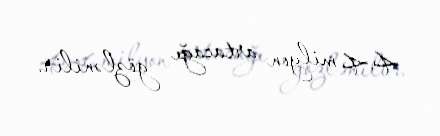
4.4 milyon artacağı gözlənilir.